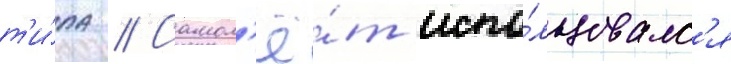
т'и́па // Самол'ё́т испо́льзовалс'я